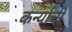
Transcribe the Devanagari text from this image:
कर्न्याची